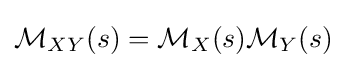
{\mathcal {M}}_{XY}(s)={\mathcal {M}}_{X}(s){\mathcal {M}}_{Y}(s)